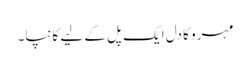
مہرو کا دل ایک پل کے لیے کانپا۔